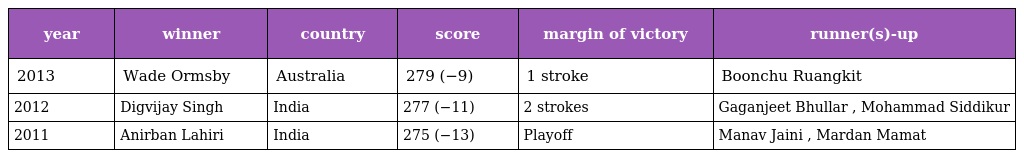
| year | winner | country | score | margin of victory | runner(s)-up |
 | --- | --- | --- | --- | --- | --- |
 | 2013 | Wade Ormsby | Australia | 279 (−9) | 1 stroke | Boonchu Ruangkit |
 | 2012 | Digvijay Singh | India | 277 (−11) | 2 strokes | Gaganjeet Bhullar , Mohammad Siddikur |
 | 2011 | Anirban Lahiri | India | 275 (−13) | Playoff | Manav Jaini , Mardan Mamat |